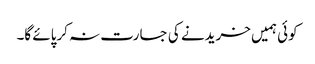
کوئی ہمیں خریدنے کی جسارت نہ کرپائے گا۔